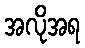
အလိုအရ